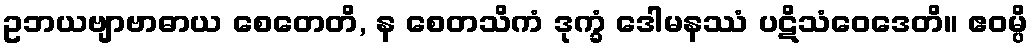
ဥဘယဗျာဗာဓာယ စေတေတိ, န စေတသိကံ ဒုက္ခံ ဒေါမနဿံ ပဋိသံဝေဒေတိ။ ဧဝမ္ပိ